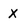
Character: x